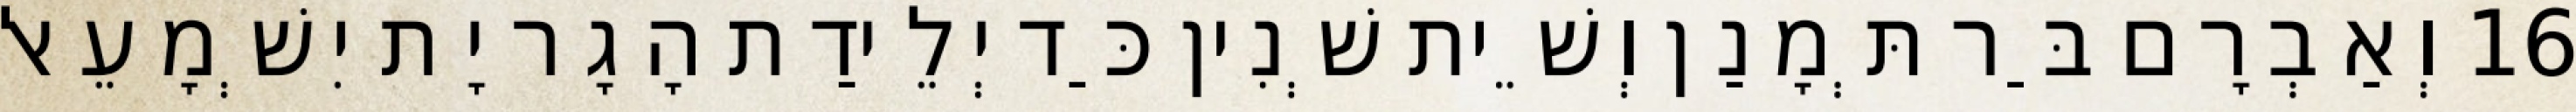
16 וְאַבְרָם בַּר תְּמָנַן וְשֵׁית שְׁנִין כַּד יְלֵידַת הָגָר יָת יִשְׁמָעֵאל